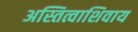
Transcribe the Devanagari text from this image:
अस्तित्वाशिवाय